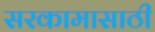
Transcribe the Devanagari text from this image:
सरकामासाठी